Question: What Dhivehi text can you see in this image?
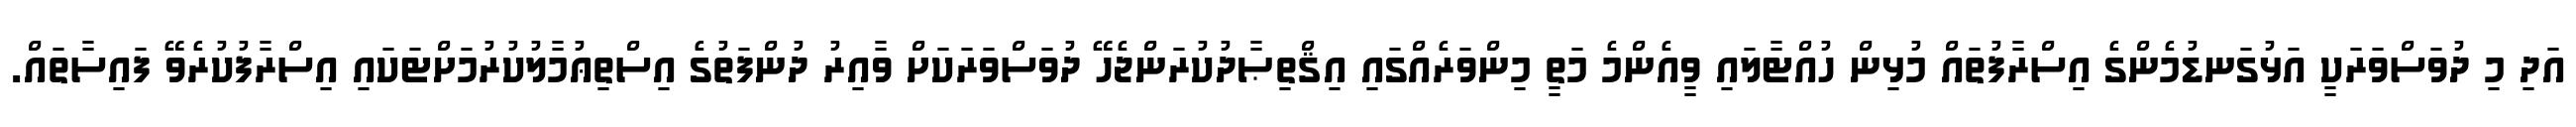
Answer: އަދި މި ދުވަސްވަރަކީ އަޅުގަނޑުމެންގެ އިސްރާފުތައް މުޅިން ހުއްޓާލައި ވީއެންމެ މަތީ މިންވަރެއްގައި އިޤްތިޞާދުކުރަންޖެހޭ ދުވަސްވަރަކަށް ވާއިރު ދުންފަތުގެ އިސްތިޢުމާލުކުރުމަށްޓަކައި އިސްރާފުކުރެވޭ ފައިސާތައް.